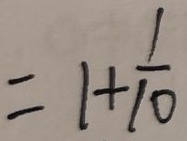
= 1 + \frac { 1 } { 1 0 }